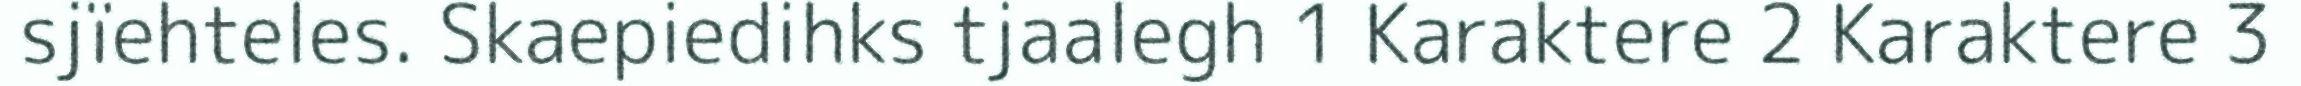
sjïehteles. Skaepiedihks tjaalegh 1 Karaktere 2 Karaktere 3